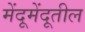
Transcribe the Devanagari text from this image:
मेंदूमेंदूतील